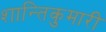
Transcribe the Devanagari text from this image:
शान्तिकुमारी